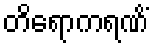
တိရောကရဏိံ